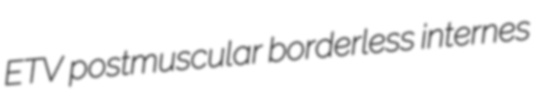
ETV postmuscular borderless internes